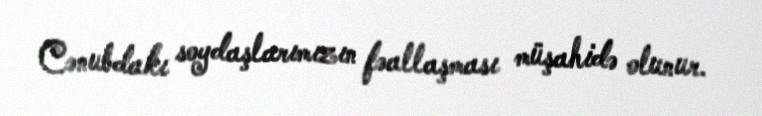
Cənubdakı soydaşlarımızın fəallaşması müşahidə olunur.